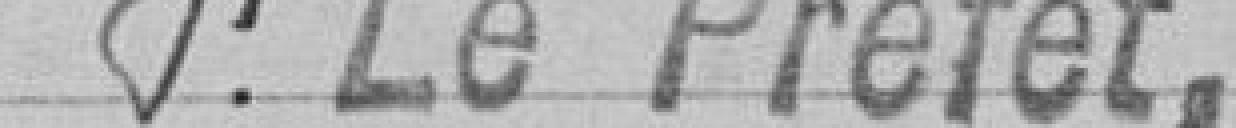
M. le Préfet